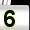
Digit: 5